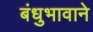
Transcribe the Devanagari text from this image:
बंधुभावाने